Plague in India, 1896, 1897 - Volume 3
Year: 1896
Disease focus: Plague
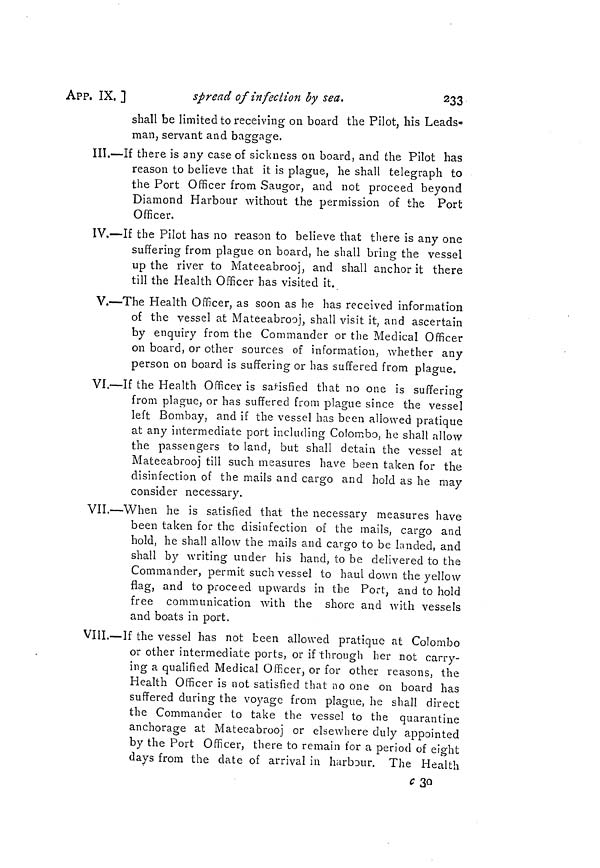
233
APP. IX. ]
spread of infection by sea.
shall be limited to receiving on board the Pilot, his Leads-
man, servant and baggage.
III.—If there is any case of sickness on board, and the Pilot has
reason to believe that it is plague, he shall telegraph to
the Port Officer from Saugor, and not proceed beyond
Diamond Harbour without the permission of the Port
Officer.
IV.—If the Pilot has no reason to believe that there is any one
suffering from plague on board, he shall bring the vessel
up the river to Mateeabrooj, and shall anchor it there
till the Health Officer has visited it,
V.—The Health Officer, as soon as he has received information
of the vessel at Mateeabrooj, shall visit it, and ascertain
by enquiry from the Commander or the Medical Officer
on board, or other sources of information, whether any
person on board is suffering or has suffered from plague.
VI.—If the Health Officer is satisfied that no one is suffering
from plague, or has suffered from plague since the vessel
left Bombay, and if the vessel has been allowed pratique
at any intermediate port including Colombo, he shall allow
the passengers to land, but shall detain the vessel at
Mateeabrooj till such measures have been taken for the
disinfection of the mails and cargo arid hold as he may
consider necessary.
VII.—When he is satisfied that the necessary measures have
been taken for the disinfection of the mails, cargo and
hold, he shall allow the mails and cargo to be landed, and
shall by writing under his hand, to be delivered to the
Commander, permit such vessel to haul down the yellow
flag, and to proceed upwards in the Port, and to hold
free communication with the shore and with vessels
and boats in port.
VIII.—If the vessel has not been allowed pratique at Colombo
or other intermediate ports, or if through her not carry-
ing a qualified Medical Officer, or for other reasons, the
Health Officer is not satisfied that no one on board has
suffered during the voyage from plague, he shall direct
the Commander to take the vessel to the quarantine
anchorage at Mateeabrooj or elsewhere duly appointed
by the Port Officer, there to remain for a period of eight
days from the date of arrival in harbour. The Health
c 38